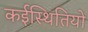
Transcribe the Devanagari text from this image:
कईस्थितियों